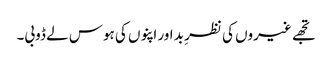
تجھے غیروں کی نظرِ بد اور اپنوں کی ہوس لے ڈوبی۔